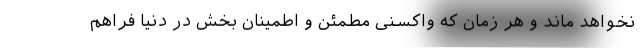
نخواهد ماند و هر زمان که واکسنی مطمئن و اطمینان بخش در دنیا فراهم